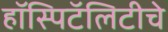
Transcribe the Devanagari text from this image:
हॉस्पिटॅलिटीचे